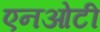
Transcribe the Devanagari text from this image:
एनओटी